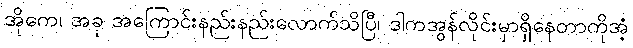
အိုကေ၊ အခု အကြောင်းနည်းနည်းလောက်သိပြီ၊ ဒါကအွန်လိုင်းမှာရှိနေတာကိုအံ့